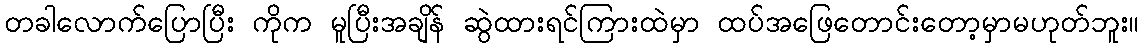
တခါလောက်ပြောပြီး ကိုက မူပြီးအချိန် ဆွဲထားရင်ကြားထဲမှာ ထပ်အဖြေတောင်းတော့မှာမဟုတ်ဘူး။